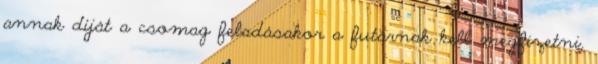
annak díját a csomag feladásakor a futárnak kell megfizetni.